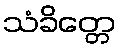
သံခိတ္တေ